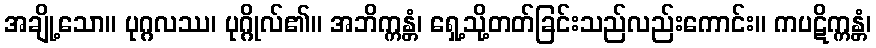
အချို့သော။ ပုဂ္ဂလဿ၊ ပုဂ္ဂိုလ်၏။ အဘိက္ကန္တံ၊ ရှေ့သို့တတ်ခြင်းသည်လည်းကောင်း။ ကပဋိက္ကန္တံ၊